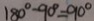
1 8 0 ^ { \circ } - 9 0 ^ { \circ } = 9 0 ^ { \circ }